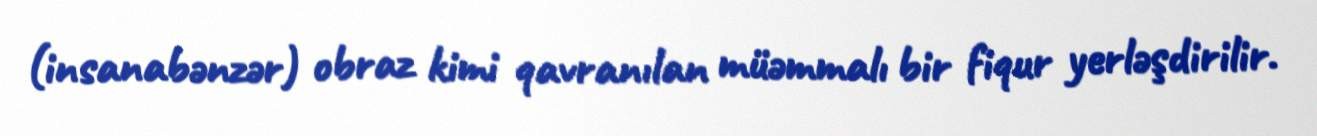
(insanabənzər) obraz kimi qavranılan müəmmalı bir fiqur yerləşdirilir.